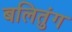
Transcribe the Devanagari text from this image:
बलितुंग